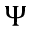
\Psi